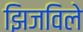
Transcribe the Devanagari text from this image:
झिजविले